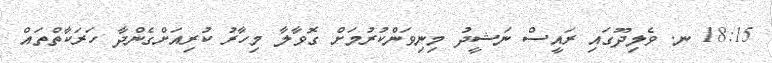
18:15 ނ. ވެލިދޫގައި ރައީސް ނަޝީދު މިނިވަންކުރުމަށް ގޮވާލާ މިހާރު ކުރިއަށްގެންދާ ހަރަކާތްތައް